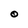
Character: O